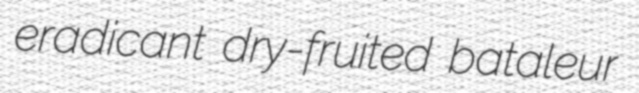
eradicant dry-fruited bataleur